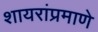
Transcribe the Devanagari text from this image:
शायरांप्रमाणे